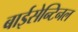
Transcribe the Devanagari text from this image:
बाईसेन्टिनल